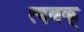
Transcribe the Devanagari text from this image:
त्यबक्